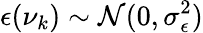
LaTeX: \epsilon(\nu_{k})\sim\mathcal{N}(0,\sigma_{\epsilon}^{2})